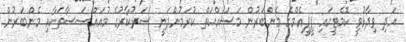
އަދި ވިދާޅުވީ ކޮމެޓީގައި ޕީޕީއެމްގެ މެންބަރުން މަސައްކަތް ކުރަމުންދަނީ ސަރުކާރުގެ މުއައްސަސާތަކާއި މެންބަރުން